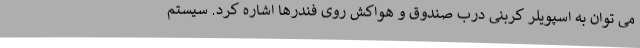
می توان به اسپویلر کربنی درب صندوق و هواکش روی فندرها اشاره کرد. سیستم